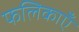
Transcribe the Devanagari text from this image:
फलिकाएँ